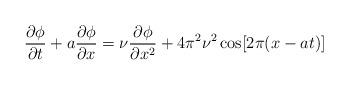
LaTeX: \begin{align*} \frac{\partial \phi}{\partial t} + a \frac{\partial \phi}{\partial x} = \nu \frac{\partial \phi}{\partial x^2} + 4\pi^2 \nu^2 \cos[2\pi (x - at)]\end{align*}